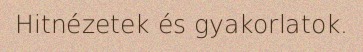
Hitnézetek és gyakorlatok.